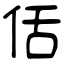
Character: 佸